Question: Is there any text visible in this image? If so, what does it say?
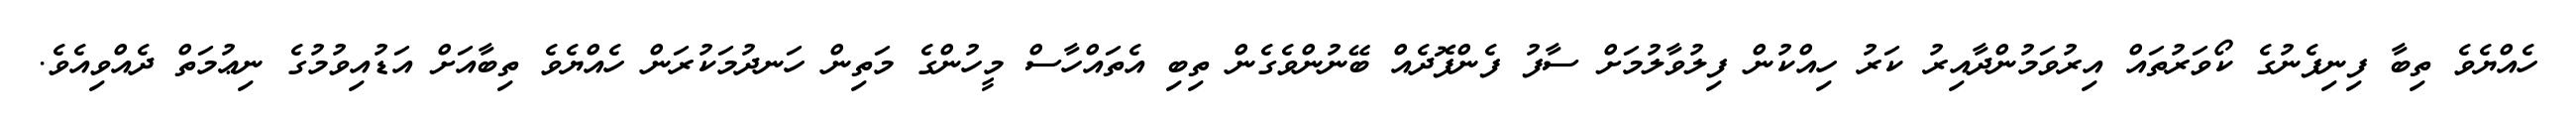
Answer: ހެއްޔެވެ ތިބާ ފިނިފެނުގެ ކޯވަރުތައް އިރުވަމުންދާއިރު ކަރު ހިއްކުން ފިލުވާލުމަށް ސާފު ފެންފޮދެއް ބޭނުންވެގެން ތިބި އެތައްހާސް މީހުންގެ މަތިން ހަނދުމަކުރަން ހެއްޔެވެ ތިބާއަށް އަޑުއިވުމުގެ ނިޢުމަތް ދެއްވިއެވެ.